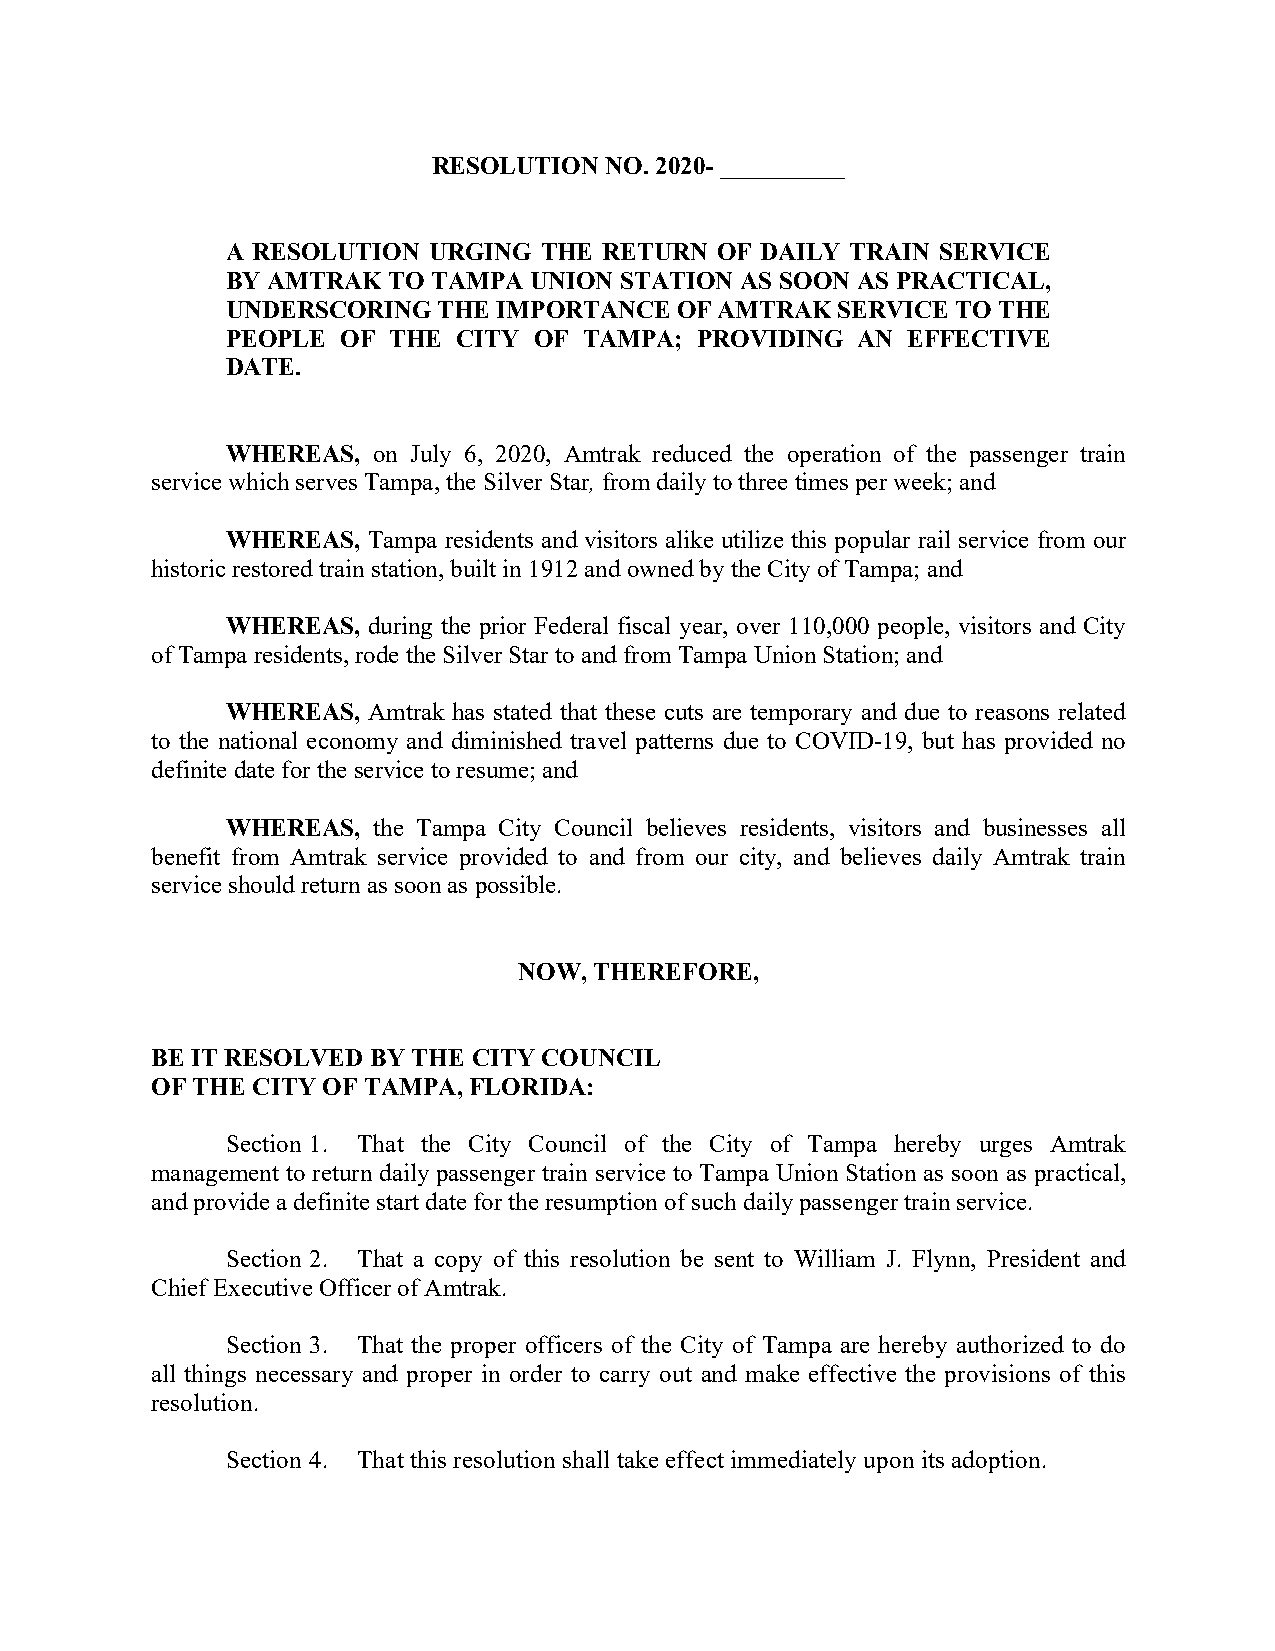
RESOLUTION NO. 2020- __________
 A RESOLUTION URGING  THE RETURN OF DAILY TRAIN SERVICE
 BY AMTRAK  TO TAMPA UNION STATION AS SOON AS PRACTICAL,
 UNDERSCORING  THE IMPORTANCE  OF AMTRAK SERVICE TO THE
 PEOPLE  OF THE CITY OF  TAMPA; PROVIDING  AN EFFECTIVE
 DATE.
 WHEREAS,  on July 6, 2020, Amtrak reduced the operation of the passenger train
 service which serves Tampa, the Silver Star, from daily to three times per week; and
 WHEREAS, Tampa residents and visitors alike utilize this popular rail service from our
 historic restored train station, built in 1912 and owned by the City of Tampa; and
 WHEREAS, during the prior Federal fiscal year, over 110,000 people, visitors and City
 of Tampa residents, rode the Silver Star to and from Tampa Union Station; and
 WHEREAS, Amtrak has stated that these cuts are temporary and due to reasons related
 to the national economy and diminished travel patterns due to COVID-19, but has provided no
 definite date for the service to resume; and
 WHEREAS,  the Tampa City Council believes residents, visitors and businesses all
 benefit from Amtrak service provided to and from our city, and believes daily Amtrak train
 service should return as soon as possible.
 NOW, THEREFORE,
 BE IT RESOLVED BY THE CITY COUNCIL
 OF THE CITY OF TAMPA, FLORIDA:
 Section 1. That the City Council of the City of Tampa hereby urges Amtrak
 management to return daily passenger train service to Tampa Union Station as soon as practical,
 and provide a definite start date for the resumption of such daily passenger train service.
 Section 2. That a copy of this resolution be sent to William J. Flynn, President and
 Chief Executive Officer of Amtrak.
 Section 3. That the proper officers of the City of Tampa are hereby authorized to do
 all things necessary and proper in order to carry out and make effective the provisions of this
 resolution.
 Section 4. That this resolution shall take effect immediately upon its adoption.